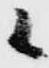
候